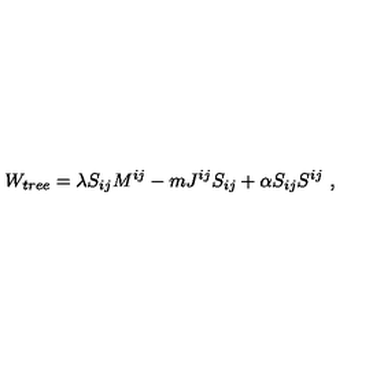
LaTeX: W _ { t r e e } = \lambda S _ { i j } M ^ { i j } - m J ^ { i j } S _ { i j } + \alpha S _ { i j } S ^ { i j } \ ,